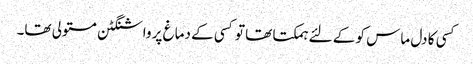
کسی کا دل ماس کو کے لئے ہمکتا تھا تو کسی کے دماغ پر واشنگٹن مستولی تھا۔